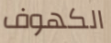
الكهوف